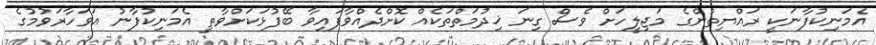
އެމަނިކުފާނަކީ ރައްޔިތުންގެ މަޖިލީހަށް ވެސް ގިނަ ޚިދުމަތްތަކެއް ކޮށްދެއްވާފައިވާ ބޭފުޅަކަށްވާތީ އެމަނިކުފާނު އަވަހާރަވުމުގެ